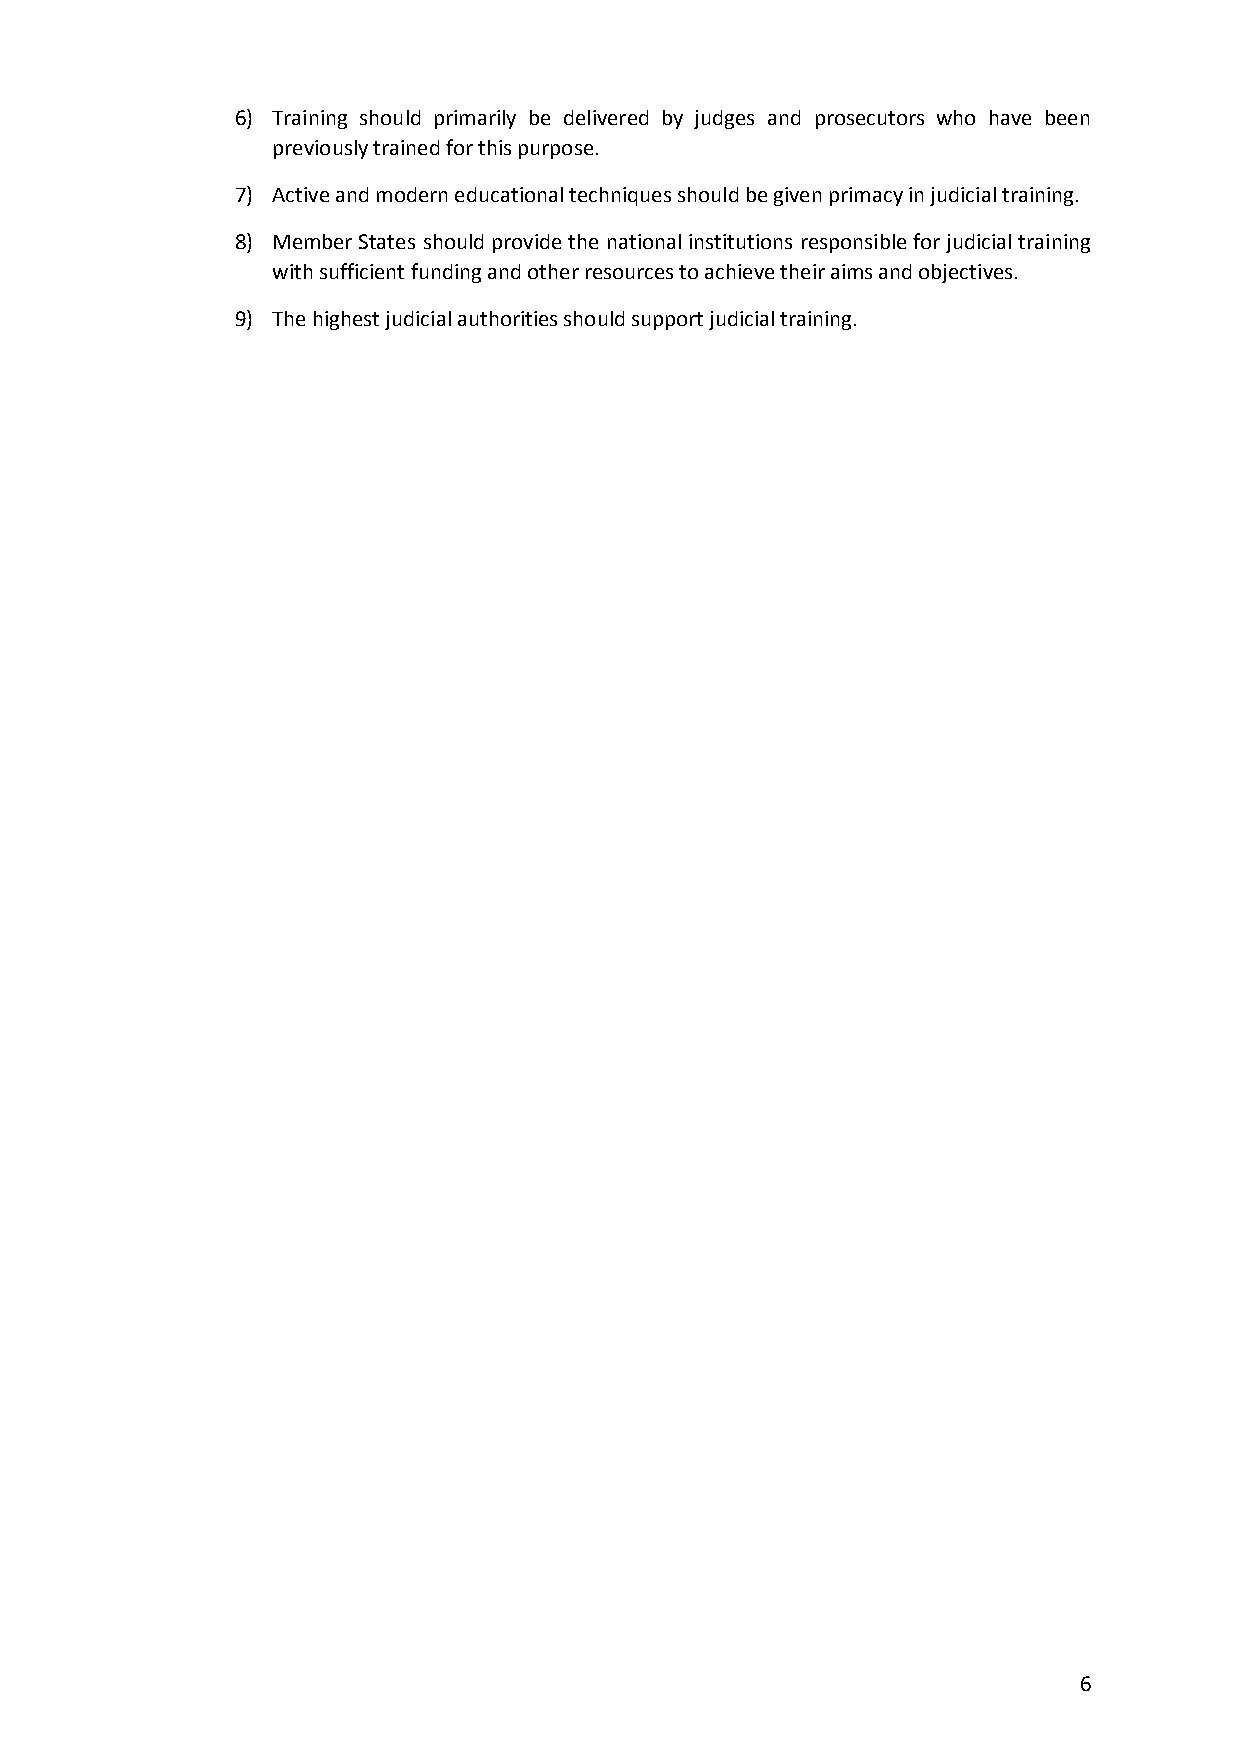
6) Training should primarily be delivered by judges and prosecutors who have been
 previously trained for this purpose.
 7) Active and modern educational techniques should be given primacy in judicial training.
 8) Member States should provide the national institutions responsible for judicial training
 with sufficient funding and other resources to achieve their aims and objectives.
 9) The highest judicial authorities should support judicial training.
 6